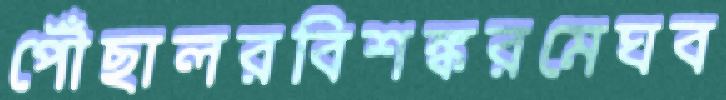
পৌঁছালরবিশঙ্করমেঘব